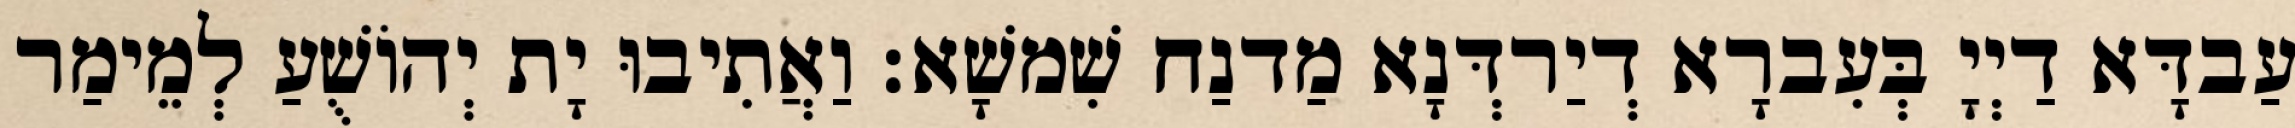
עַבדָּא דַיְיָ בְּעִברָא דְיַרדְּנָא מַדנַח שִׁמשָׁא׃ וַאֲתִיבוּ יָת יְהוֹשֻׁעַ לְמֵימַר